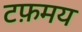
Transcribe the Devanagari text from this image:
टफ़मय